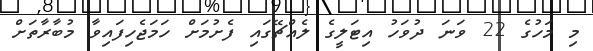
މި މަހުގެ 22 ވަނަ ދުވަހު އިޓަލީގެ ލެއްޗޭގައި ފެށުމަށް ހަމަޖެހިފައިވާ މުބާރާތަށް